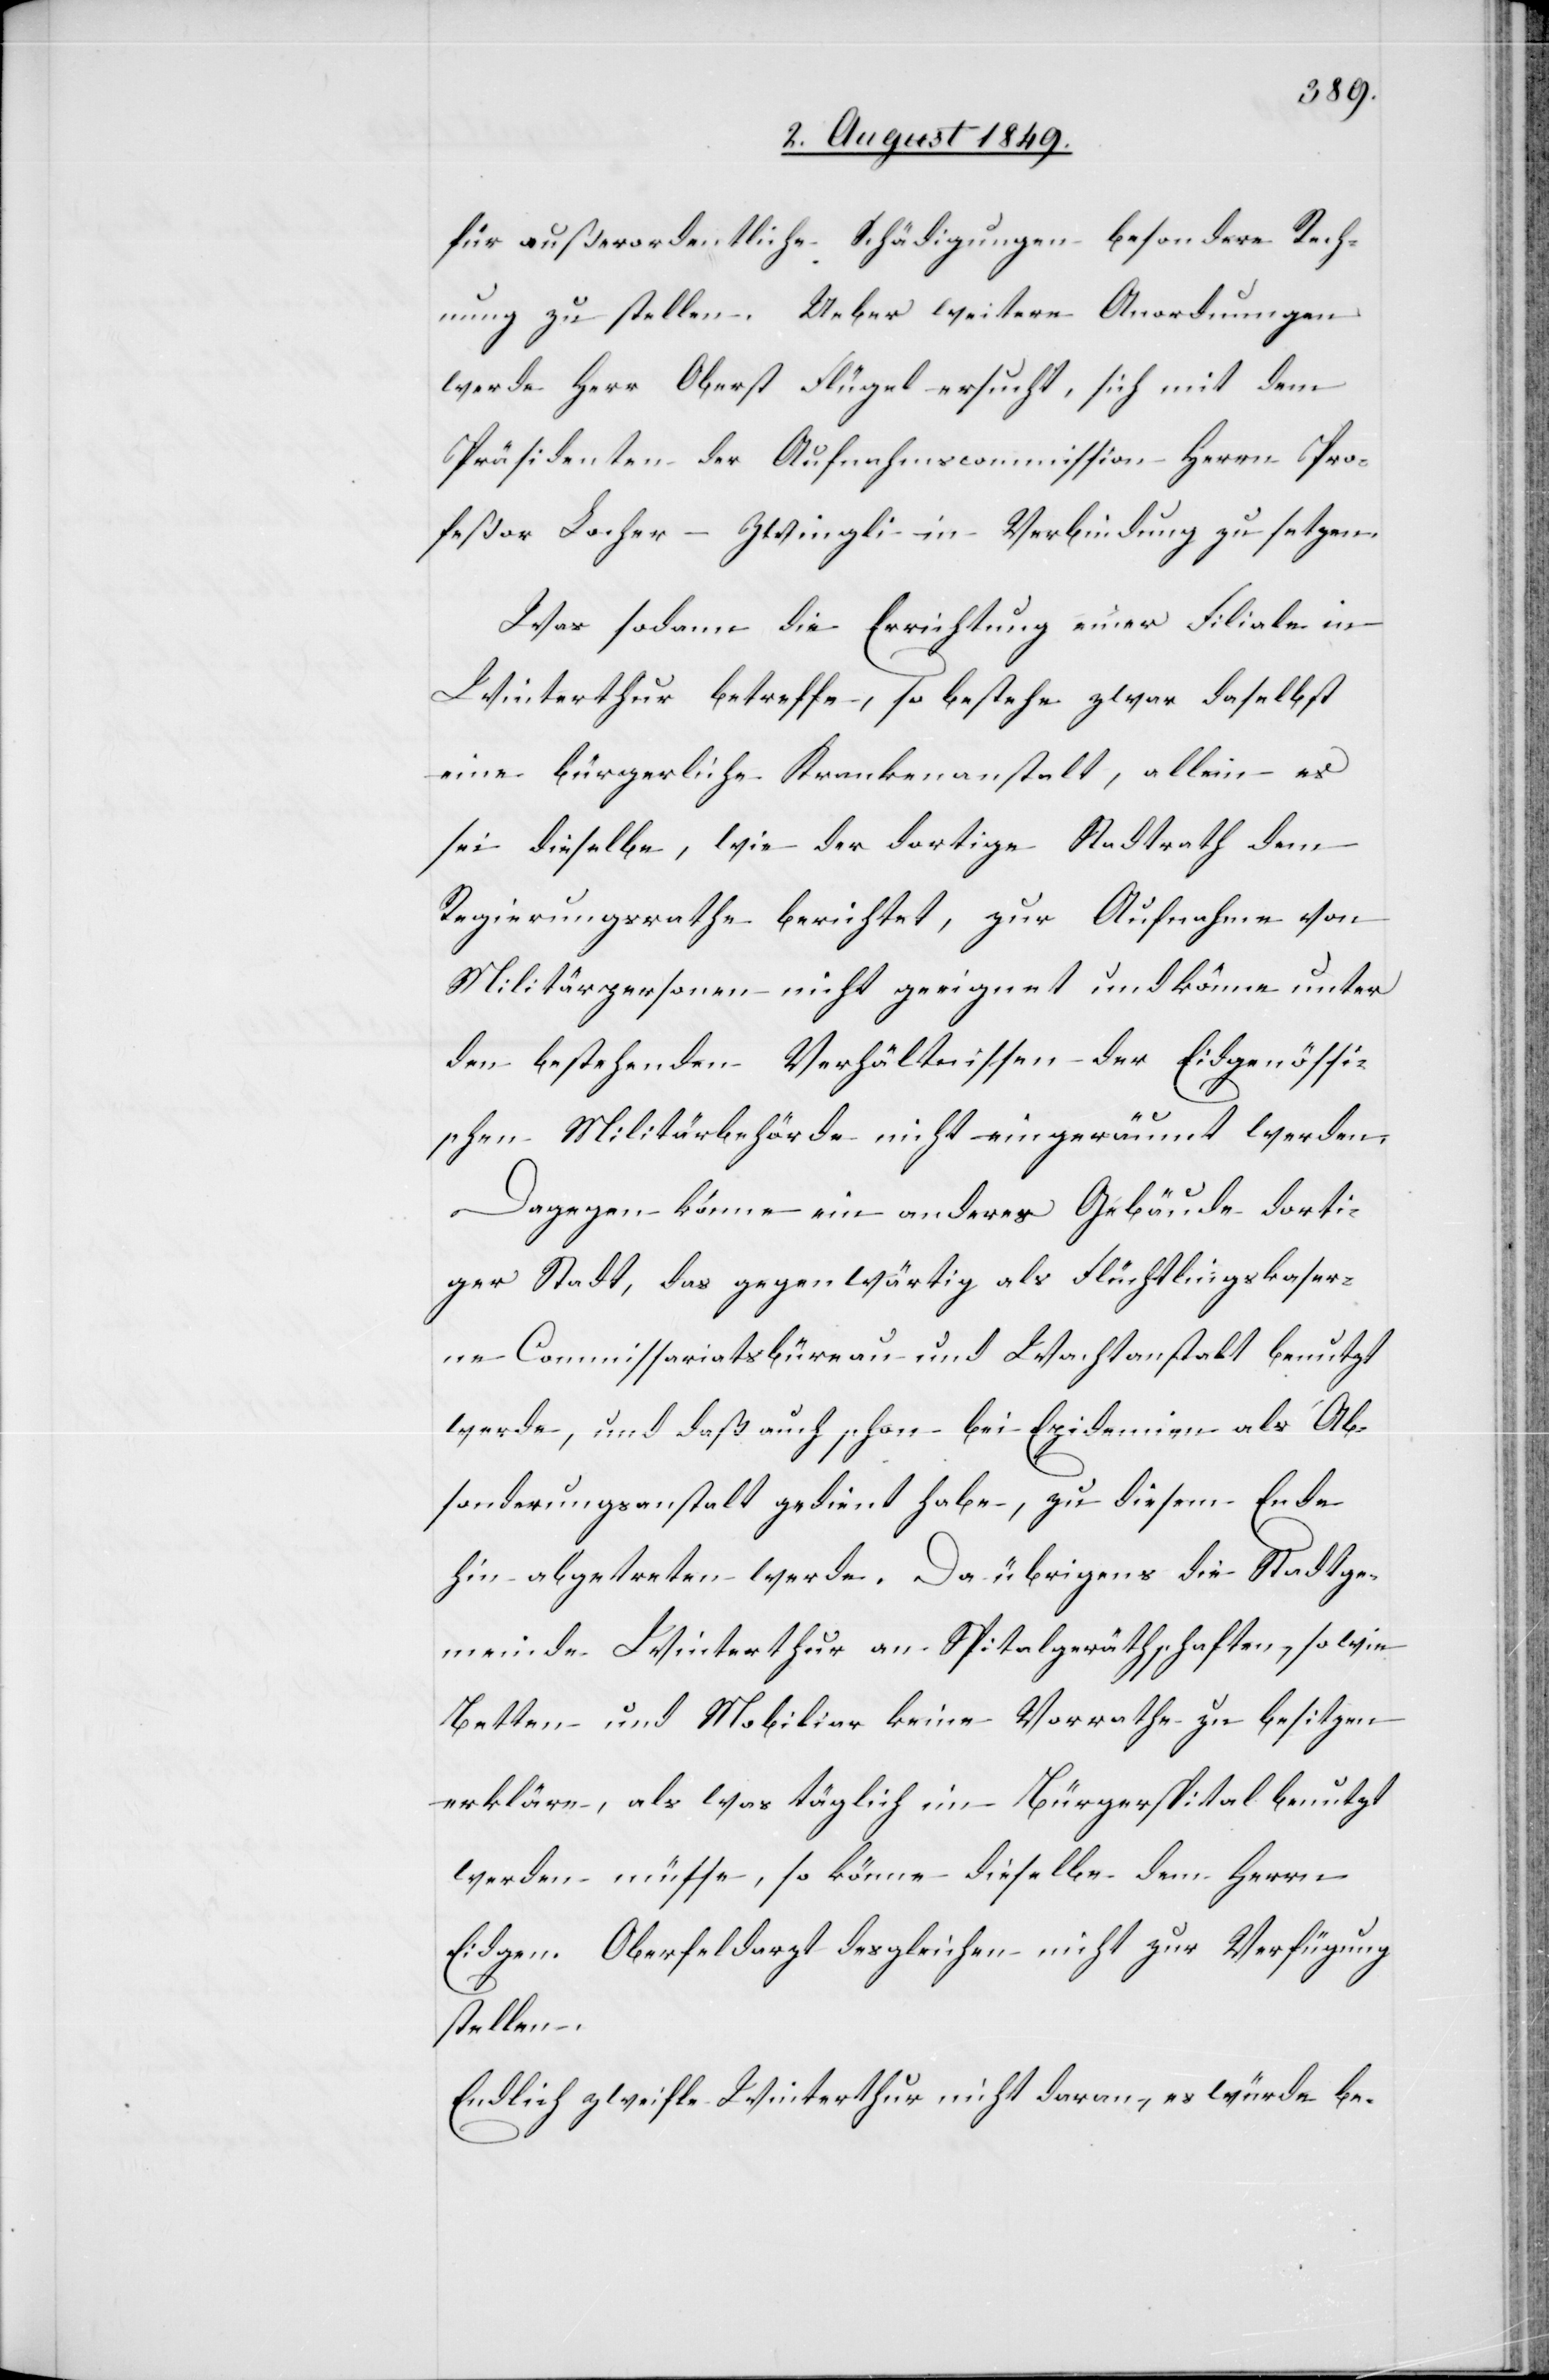
für außerordentliche Schädigungen besondere Rech¬
nung zu stellen. Ueber weitere Anordnungen
werde Herr Oberst Flügel ersucht, sich mit dem
Präsidenten der Aufnahmscommission Herrn Pro¬
feßor Locher-Zwingli in Verbindung zu setzen.
Was sodann die Errichtung einer Filiale in
Winterthur betreffe, so bestehe zwar daselbst
eine bürgerliche Krankenanstalt, allein es
sei dieselbe, wie der dortige Stadtrath dem
Regierungsrathe berichtet, zur Aufnahme von
Militärpersonen nicht geeignet und könne unter
den bestehenden Verhältnisse der Eidgenössi¬
schen Militärbehörde nicht eingeräumt werden.
Dagegen könne ein anderes Gebäude dorti¬
ger Stadt, das gegenwärtig als Flüchtlingskaser¬
ne Commissariatsbüreau und Wachtanstalt benutzt
werde, und daß auch schon bei Epidemien als Ab¬
sonderungsanstalt gedient habe, zu diesem Ende
hin abgetreten werde. Da übrigens die Stadtge¬
meinde Winterthur an Spitalgeräthschaften, so wie
Betten und Mobiliar keine Vorrathe [sic!] zu besitzen
erkläre, als was täglich im Bürgerspital benutzt
werden müsse, so könne dieselbe dem Herrn
Eidgen. Oberfeldarzt desgleichen nicht zur Verfügung
stellen.
Endlich zweifle Winterthur nicht daran, es würde be-